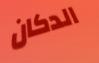
الدكان